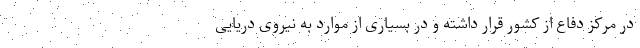
در مرکز دفاع از کشور قرار داشته و در بسیاری از موارد به نیروی دریایی